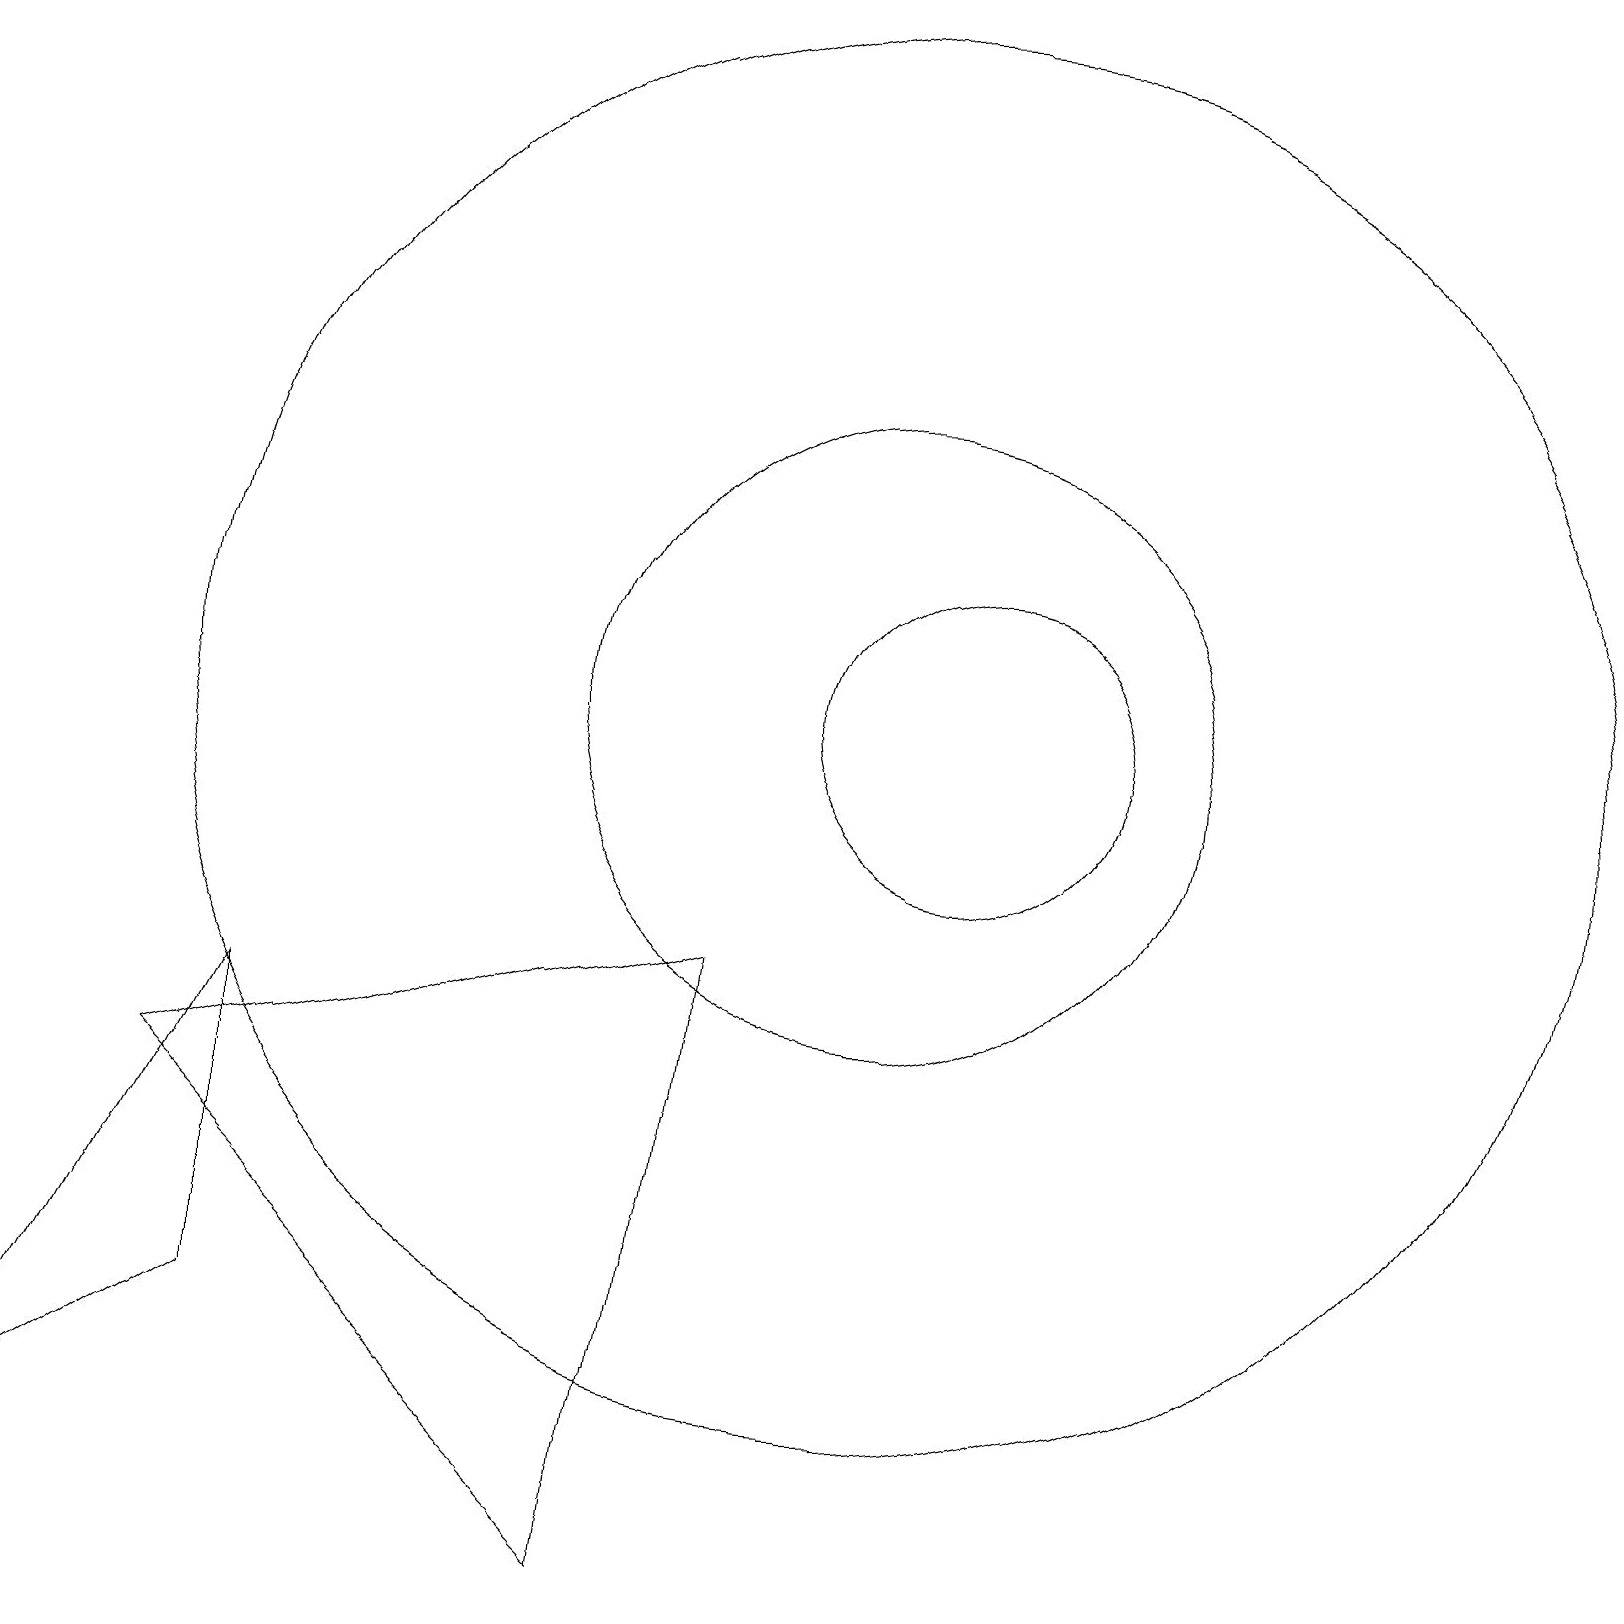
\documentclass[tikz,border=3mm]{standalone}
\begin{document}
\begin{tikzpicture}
\draw (11,11) circle (4);
\draw (12,11) circle (2);
\draw (0,1) -- (3,7) -- (3,3) -- cycle;
\draw (9,8) -- (2,6) -- (8,0) -- cycle;
\draw (11,11) circle (9);
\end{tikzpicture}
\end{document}